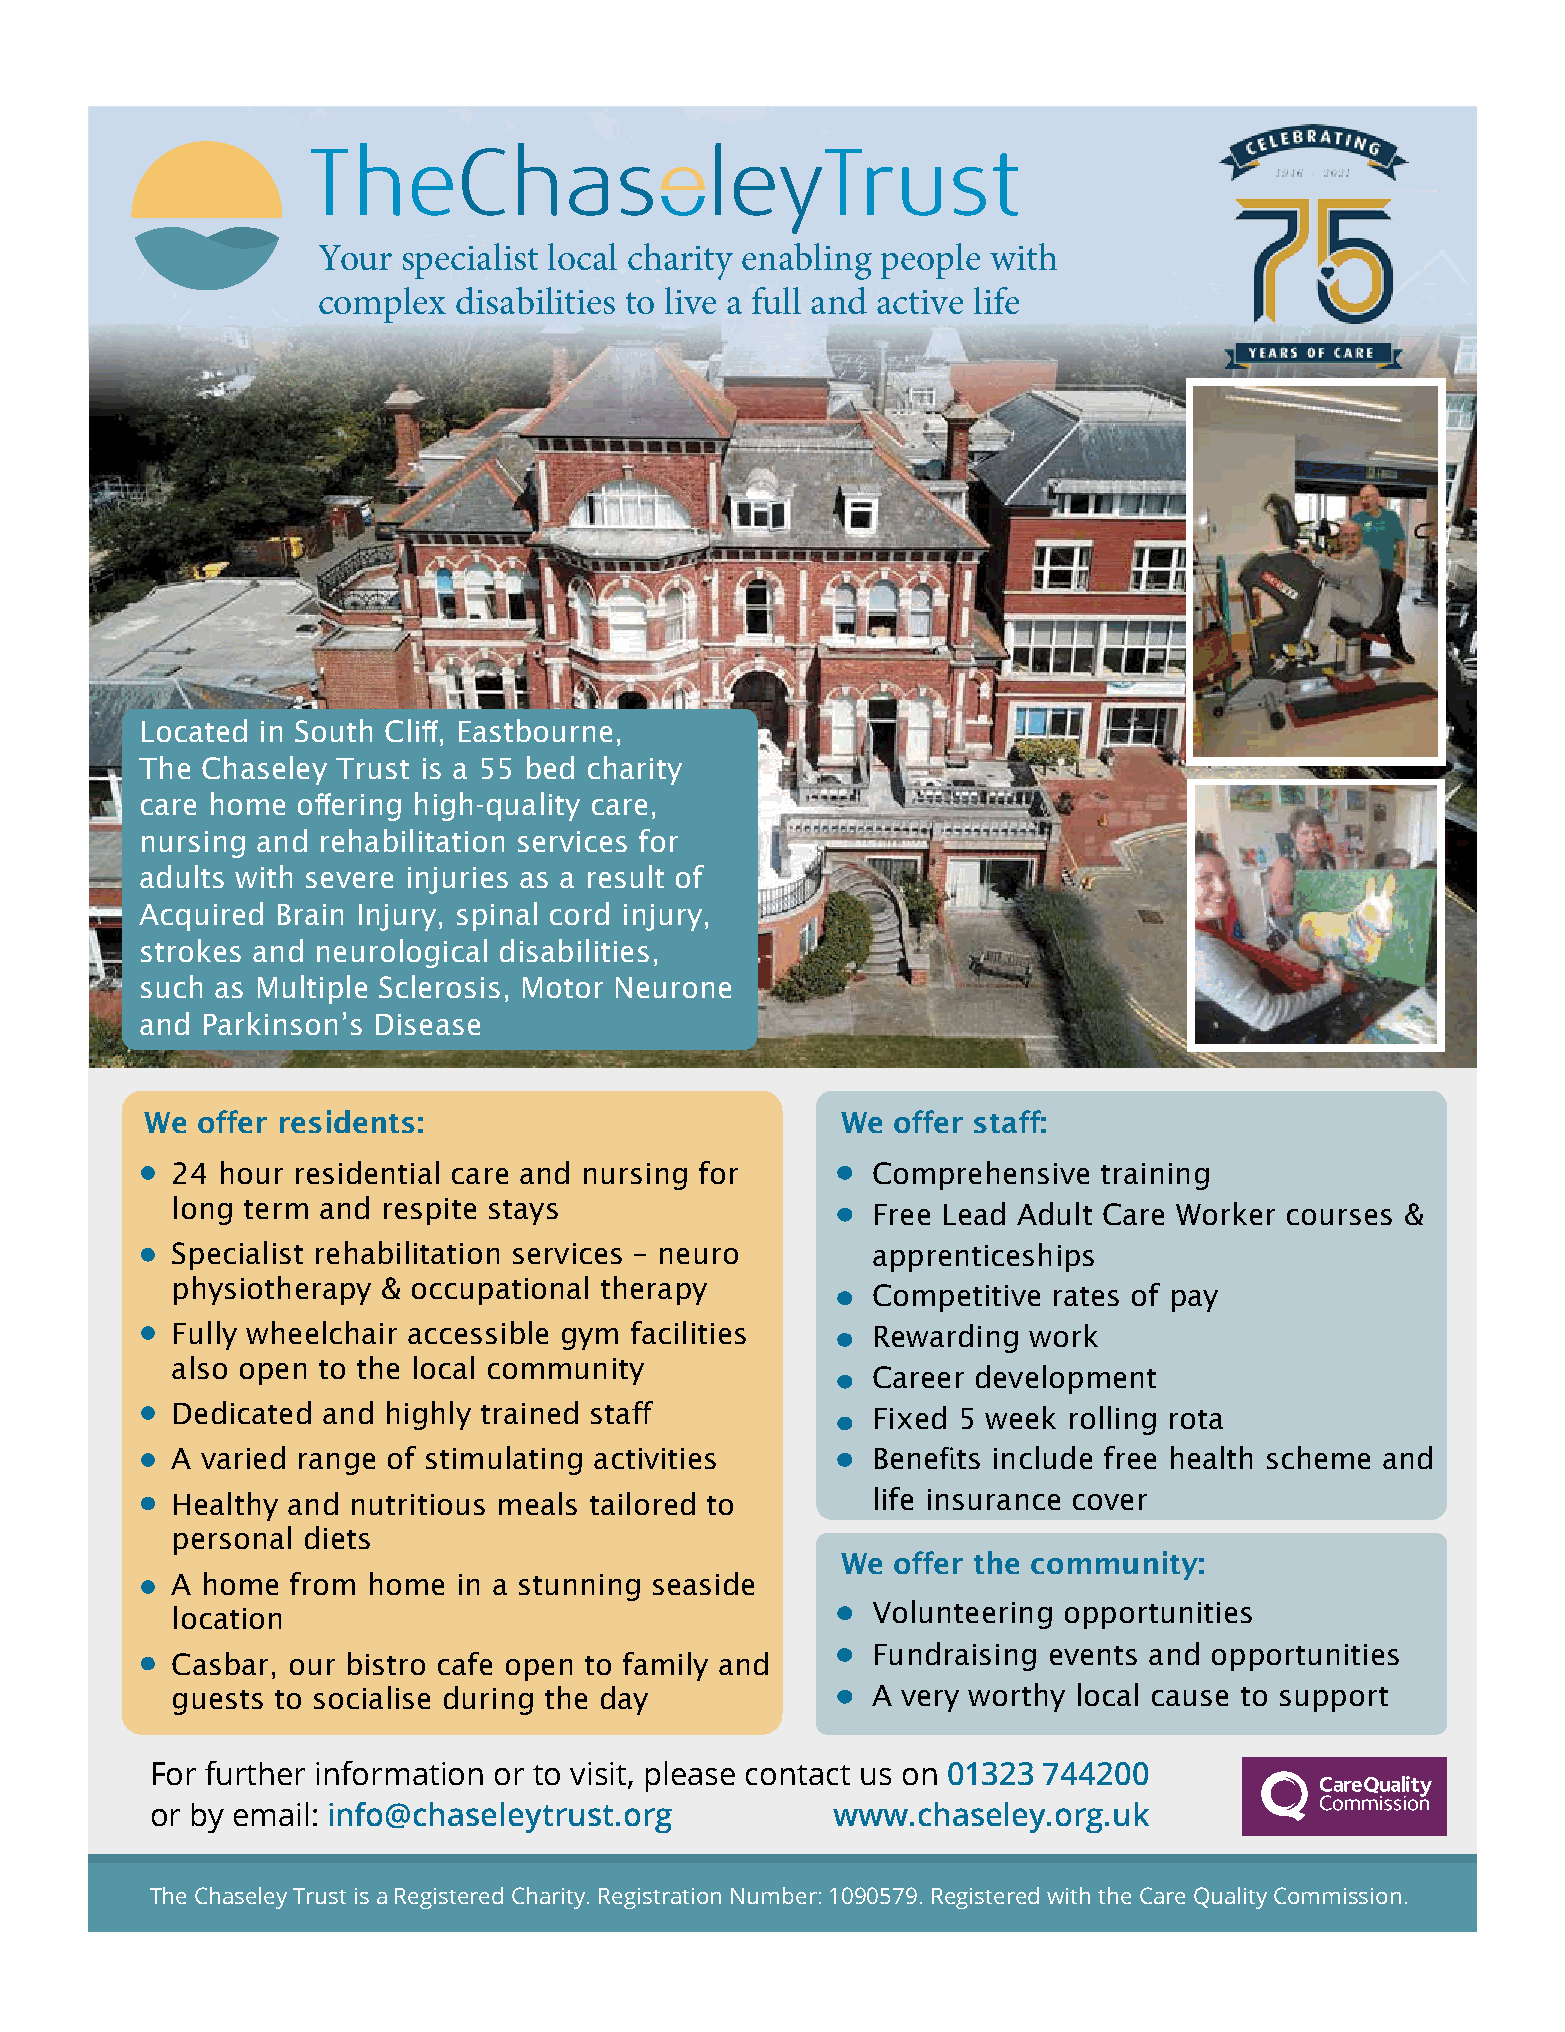
Your  specialist local charity enabling people with
 complex  disabilities to live a full and active life
 Located in South Cliff, Eastbourne,
 The Chaseley Trust is a 55 bed charity
 care home  offering high-quality care,
 nursing and rehabilitation services for
 adults with severe injuries as a result of
 Acquired Brain Injury, spinal cord injury,
 strokes and neurological disabilities,
 such as Multiple Sclerosis, Motor Neurone
 and Parkinson’s Disease
 We offer residents:                           We offer staff:
 24 hour residential care and nursing for       Comprehensive  training
 long term and respite stays                    Free Lead Adult Care Worker courses &
 Specialist rehabilitation services – neuro     apprenticeships
 physiotherapy & occupational therapy
 Competitive rates of pay
 Fully wheelchair accessible gym facilities     Rewarding work
 also open to the local community
 Career development
 Dedicated and highly trained staff             Fixed 5 week rolling rota
 A varied range of stimulating activities       Benefits include free health scheme and
 Healthy and nutritious meals tailored to       life insurance cover
 personal diets
 We offer the community:
 A home  from home  in a stunning seaside
 Volunteering opportunities
 location
 Fundraising events and opportunities
 Casbar, our bistro cafe open to family and
 guests to socialise during the day             A very worthy local cause to support
 For further information or to visit, please contact us on 01323 744200
 or by email: info@chaseleytrust.org          www.chaseley.org.uk
 The Chaseley Trust is a Registered Charity. Registration Number: 1090579. Registered with the Care Quality Commission.